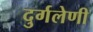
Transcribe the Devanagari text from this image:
दुर्गलेणी